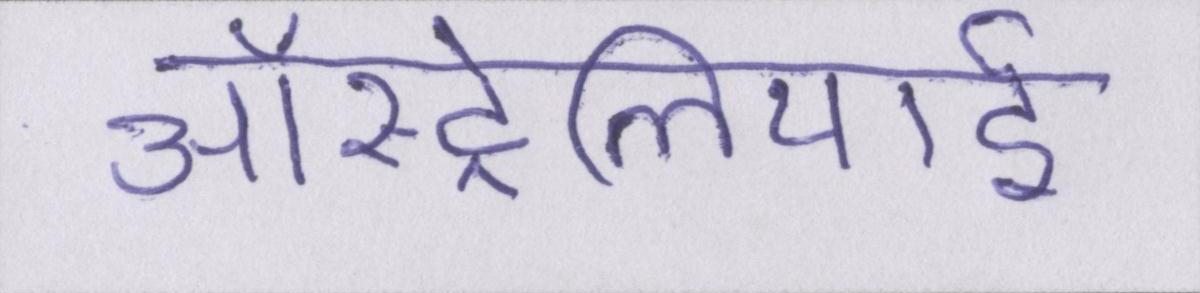
ऑस्ट्रेलियाई